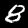
Label: 8